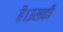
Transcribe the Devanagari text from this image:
है।उसकी